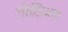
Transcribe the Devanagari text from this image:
गोटिंजन